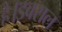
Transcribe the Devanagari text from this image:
है।डबराल